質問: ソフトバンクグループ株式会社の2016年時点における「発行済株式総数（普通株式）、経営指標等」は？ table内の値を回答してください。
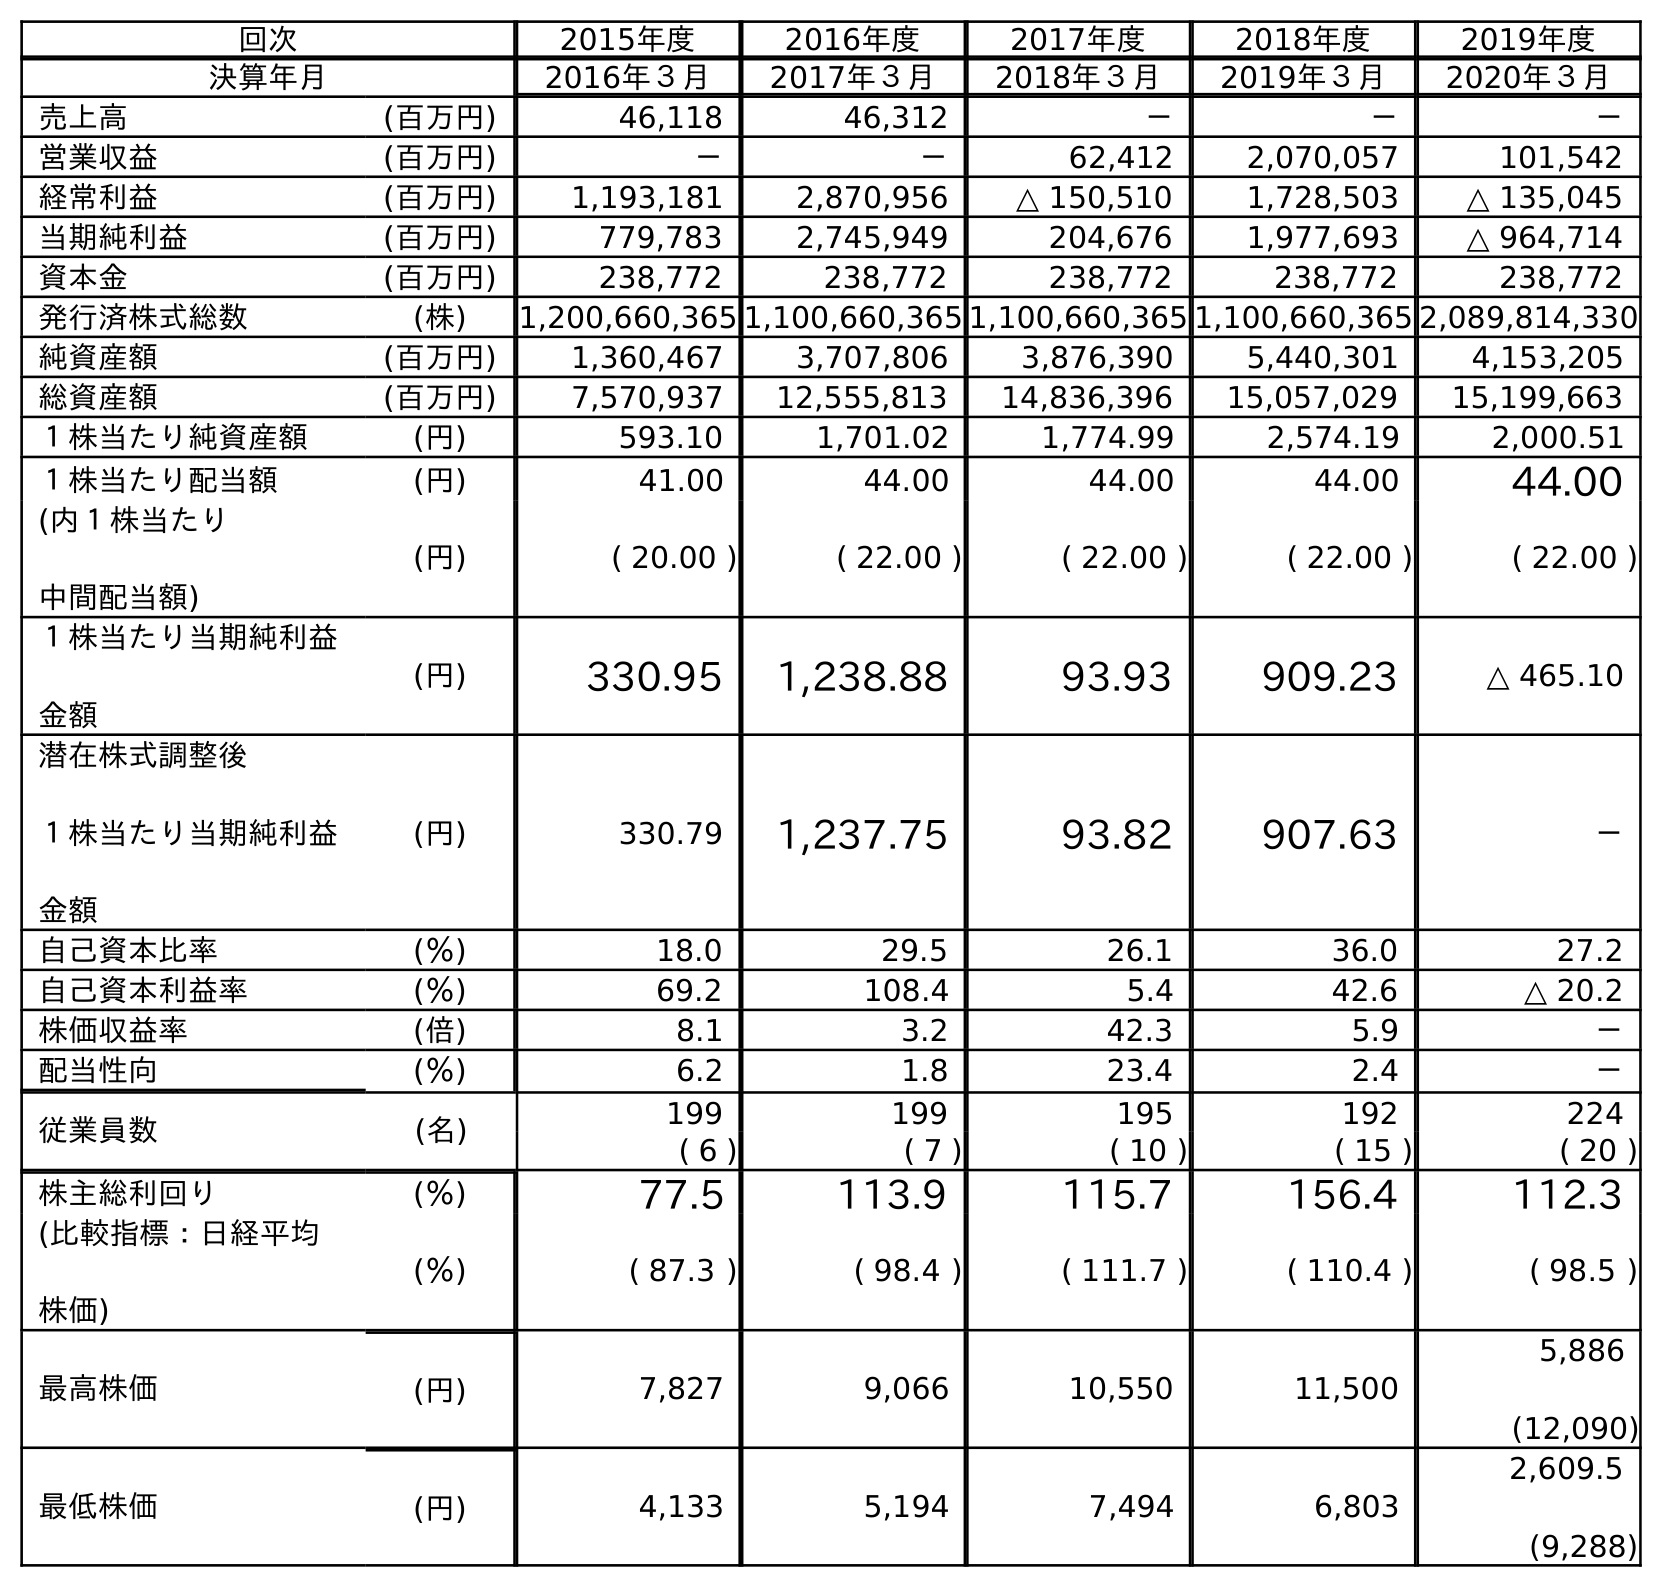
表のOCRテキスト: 回次 2015年度 2016年度 2017年度 2018年度 2019年度 決算年月 2016年３月 2017年３月 2018年３月 2019年３月 2020年３月 売上高 (百万円) 46,118 46,312 － － － 営業収益 (百万円) － － 62,412 2,070,057 101,542 経常利益 (百万円) 1,193,181 2,870,956 △ 150,510 1,728,503 △ 135,045 当期純利益 (百万円) 779,783 2,745,949 204,676 1,977,693 △ 964,714 資本金 (百万円) 238,772 238,772 238,772 238,772 238,772 発行済株式総数 (株) 1,200,660,365 1,100,660,365 1,100,660,365 1,100,660,365 2,089,814,330 純資産額 (百万円) 1,360,467 3,707,806 3,876,390 5,440,301 4,153,205 総資産額 (百万円) 7,570,937 12,555,813 14,836,396 15,057,029 15,199,663 １株当たり純資産額 (円) 593.10 1,701.02 1,774.99 2,574.19 2,000.51 １株当たり配当額 (円) 41.00 44.00 44.00 44.00 44.00 (内１株当たり 中間配当額) (円) ( 20.00 ) ( 22.00 ) ( 22.00 ) ( 22.00 ) ( 22.00 ) １株当たり当期純利益 金額 (円) 330.95 1,238.88 93.93 909.23 △ 465.10 潜在株式調整後 １株当たり当期純利益 金額 (円) 330.79 1,237.75 93.82 907.63 － 自己資本比率 (％) 18.0 29.5 26.1 36.0 27.2 自己資本利益率 (％) 69.2 108.4 5.4 42.6 △ 20.2 株価収益率 (倍) 8.1 3.2 42.3 5.9 － 配当性向 (％) 6.2 1.8 23.4 2.4 － 従業員数 (名) 199 199 195 192 224 ( 6 ) ( 7 ) ( 10 ) ( 15 ) ( 20 ) 株主総利回り (％) 77.5 113.9 115.7 156.4 112.3 (比較指標：日経平均 株価) (％) ( 87.3 ) ( 98.4 ) ( 111.7 ) ( 110.4 ) ( 98.5 ) 最高株価 (円) 7,827 9,066 10,550 11,500 5,886 (12,090) 最低株価 (円) 4,133 5,194 7,494 6,803 2,609.5 (9,288)
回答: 1,200,660,365